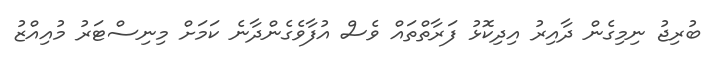
ބުރިޖު ނިމިގެން ދާއިރު އިދިކޮޅު ފަރާތްތައް ވެސް އުފާވެގެންދާނެ ކަމަށް މިނިސްޓަރު މުއިއްޒު